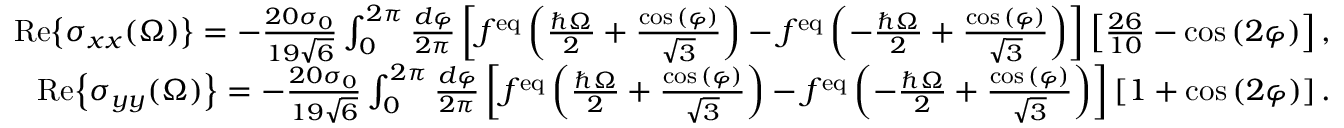
\begin{array} { r l r } & { } & { \mathrm { R e } { \left\{ \sigma _ { x x } ( \Omega ) \right\} } = - \frac { 2 0 \sigma _ { 0 } } { 1 9 \sqrt { 6 } } \int _ { 0 } ^ { 2 \pi } \frac { d \varphi } { 2 \pi } \left[ f ^ { \mathrm { e q } } \left( \frac { \hbar \Omega } { 2 } + \frac { \cos { ( \varphi ) } } { \sqrt { 3 } } \right) - f ^ { \mathrm { e q } } \left( - \frac { \hbar \Omega } { 2 } + \frac { \cos { ( \varphi ) } } { \sqrt { 3 } } \right) \right] \left[ \frac { 2 6 } { 1 0 } - \cos { ( 2 \varphi ) } \right] , } \\ & { } & { \mathrm { R e } { \left\{ \sigma _ { y y } ( \Omega ) \right\} } = - \frac { 2 0 \sigma _ { 0 } } { 1 9 \sqrt { 6 } } \int _ { 0 } ^ { 2 \pi } \frac { d \varphi } { 2 \pi } \left[ f ^ { \mathrm { e q } } \left( \frac { \hbar \Omega } { 2 } + \frac { \cos { ( \varphi ) } } { \sqrt { 3 } } \right) - f ^ { \mathrm { e q } } \left( - \frac { \hbar \Omega } { 2 } + \frac { \cos { ( \varphi ) } } { \sqrt { 3 } } \right) \right] \left[ 1 + \cos { ( 2 \varphi ) } \right] . } \end{array}